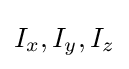
I_{x},I_{y},I_{z}